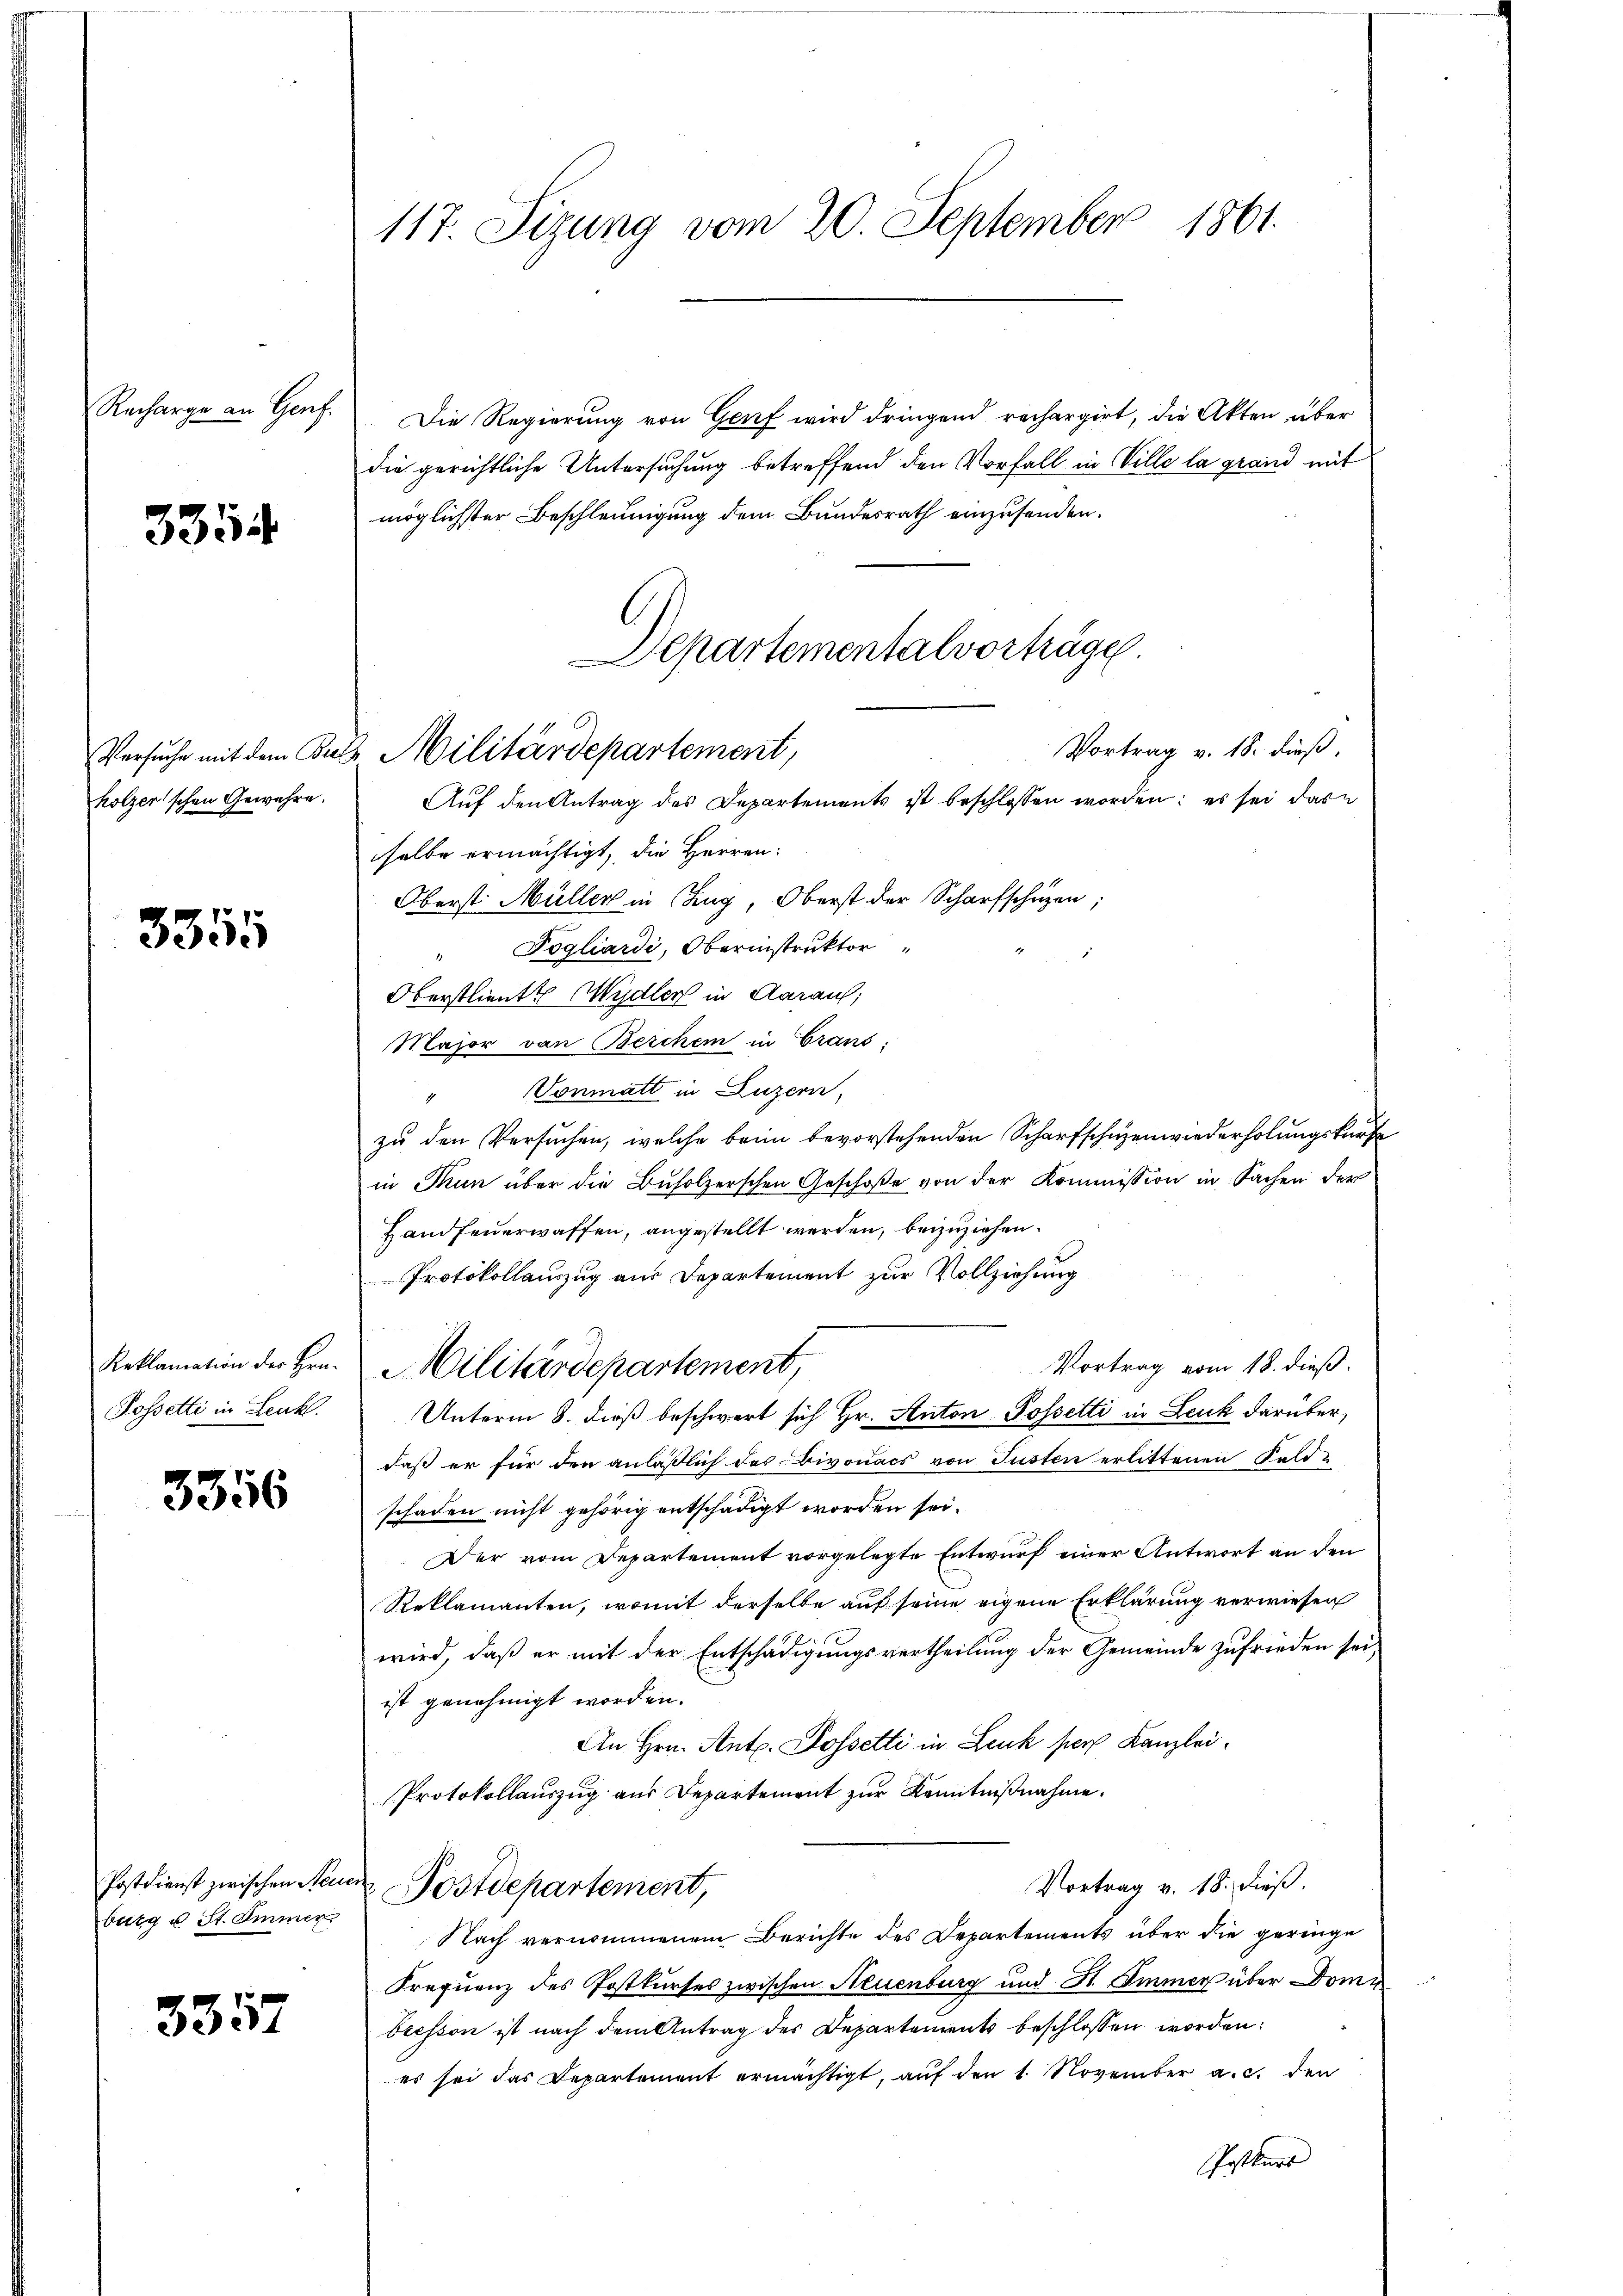
Recharge an Genf

3354

3355

Versuche mit dem Be
holzer'schen Gewehre.

Reklamation des Hrn.
Possetti in Lenkt.

3356

burg u St. Immer

3357

117. Sizung vom 20. September 1861.

die gerichtliche Untersuchung betreffend den Vorfall in Ville la grand mit
möglichster Beschleunigung dem Bundesrath einzusenden.
Auf den Antrag des Departements ist beschlossen worden; es sei das
selbe ermächtigt, die Herren:
Oberst Müller in Zug, Oberst der Scharfschützen;
Fogliardi, Oberinstruktor
Oberstlieute Mydler in Aarauf,
Major von Berchen in Grans
"Vonmatt in Luzern,
zu den Versuchen, welche beim bevorstehenden Scharfschuzenwiederholungskurse
in Thun über die Buholzerschen Geschoße von der Kommission in Sachen der
Handfeuerwaffen, angestellt werden, beizuziehen.
Protokollauszug aus Departement zur Vollziehung
Vortrag vom 18. dieß.
Militärdepartement,
Unterm 8. dieß beschwert sich Hr. Anton Posselti in Leuk darüber,
daß er für den anläßlich das Bivonacs von Jüsten erlittenen Feldschaden nicht gehörig entschädigt worden sei.
Der vom Departement vorgelegte Entwurf einer Antwort an den
Reklamanten, womit derselbe auf seine eigene Erklärung verwiesen
wird, daß er mit der Entschädigungsvertheilung der Gemeinde zufrieden sei,
ist genehmigt worden.
An Hrn. Ant. Possetti in Leuk per Kanzlei¬
Protokollauszug aus Departement zur Kenntnißnahme.
Vortrag v. 18. dieß.
Postdienst zwischen Seine Postdepartement,
Nach vernommenem Berichte des Departements über die geringe
Prequenz des Postkurses zwischen Neuenburg und St. Immer über Dombresson ist nach dem Antrag des Departements beschlossen worden:
es sei das Departement ermächtigt, auf den 1. November a.c. den
Postkurs

Departementalvorträge
Vortrag v. 18. dieß,
2 Militärdepartement,

Die Regierung von Genf wird dringend rechargirt, die Akten über